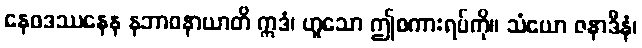
နေဝဒဿနေန နဘာဝနာယာတိ ဣဒံ၊ ဟူသော ဤစကားရပ်ကို။ သံယော ဇနာဒီနံ၊